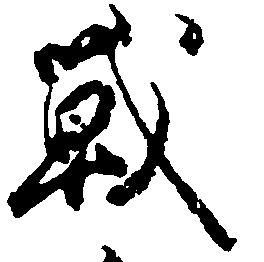
戦